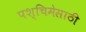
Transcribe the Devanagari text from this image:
पश्चिमेसाठी